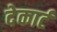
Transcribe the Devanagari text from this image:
देकार्ट